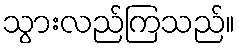
သွားလည်ကြသည်။